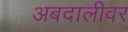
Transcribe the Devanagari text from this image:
अबदालीवर